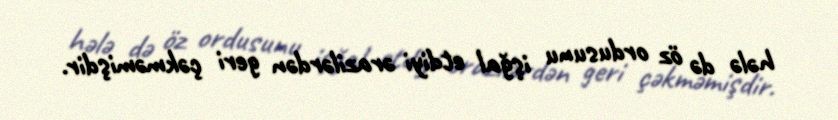
hələ də öz ordusunu işğal etdiyi ərazilərdən geri çəkməmişdir.